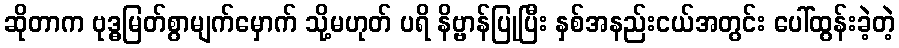
ဆိုတာက ဗုဒ္ဓမြတ်စွာမျက်မှောက် သို့မဟုတ် ပရိ နိဗ္ဗာန်ပြုပြီး နှစ်အနည်းငယ်အတွင်း ပေါ်ထွန်းခဲ့တဲ့